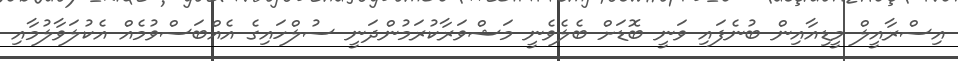
އިސްރާއީލް މީޑިއާއިން ބުނެފައި ވަނީ ބޮޑަށް ބެލެވެނީ މަޝްވަރާކުރަމުންދަނީ ސުލްހައިގެ އެއްބަސްވުމެއް އެކުލަވާލުމާއި